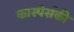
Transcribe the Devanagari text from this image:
कास्पेर्सकी